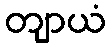
တျာယံ